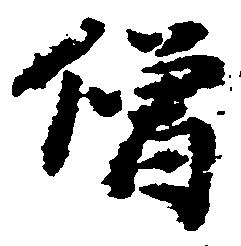
僧